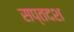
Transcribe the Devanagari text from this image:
सप्तदश